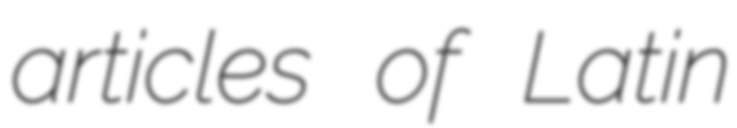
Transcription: articles of Latin